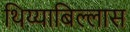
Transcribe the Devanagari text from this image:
थिय्याबिल्लास